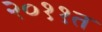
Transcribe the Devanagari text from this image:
२०११त